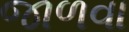
જાળવા